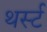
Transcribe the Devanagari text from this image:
थर्स्ट